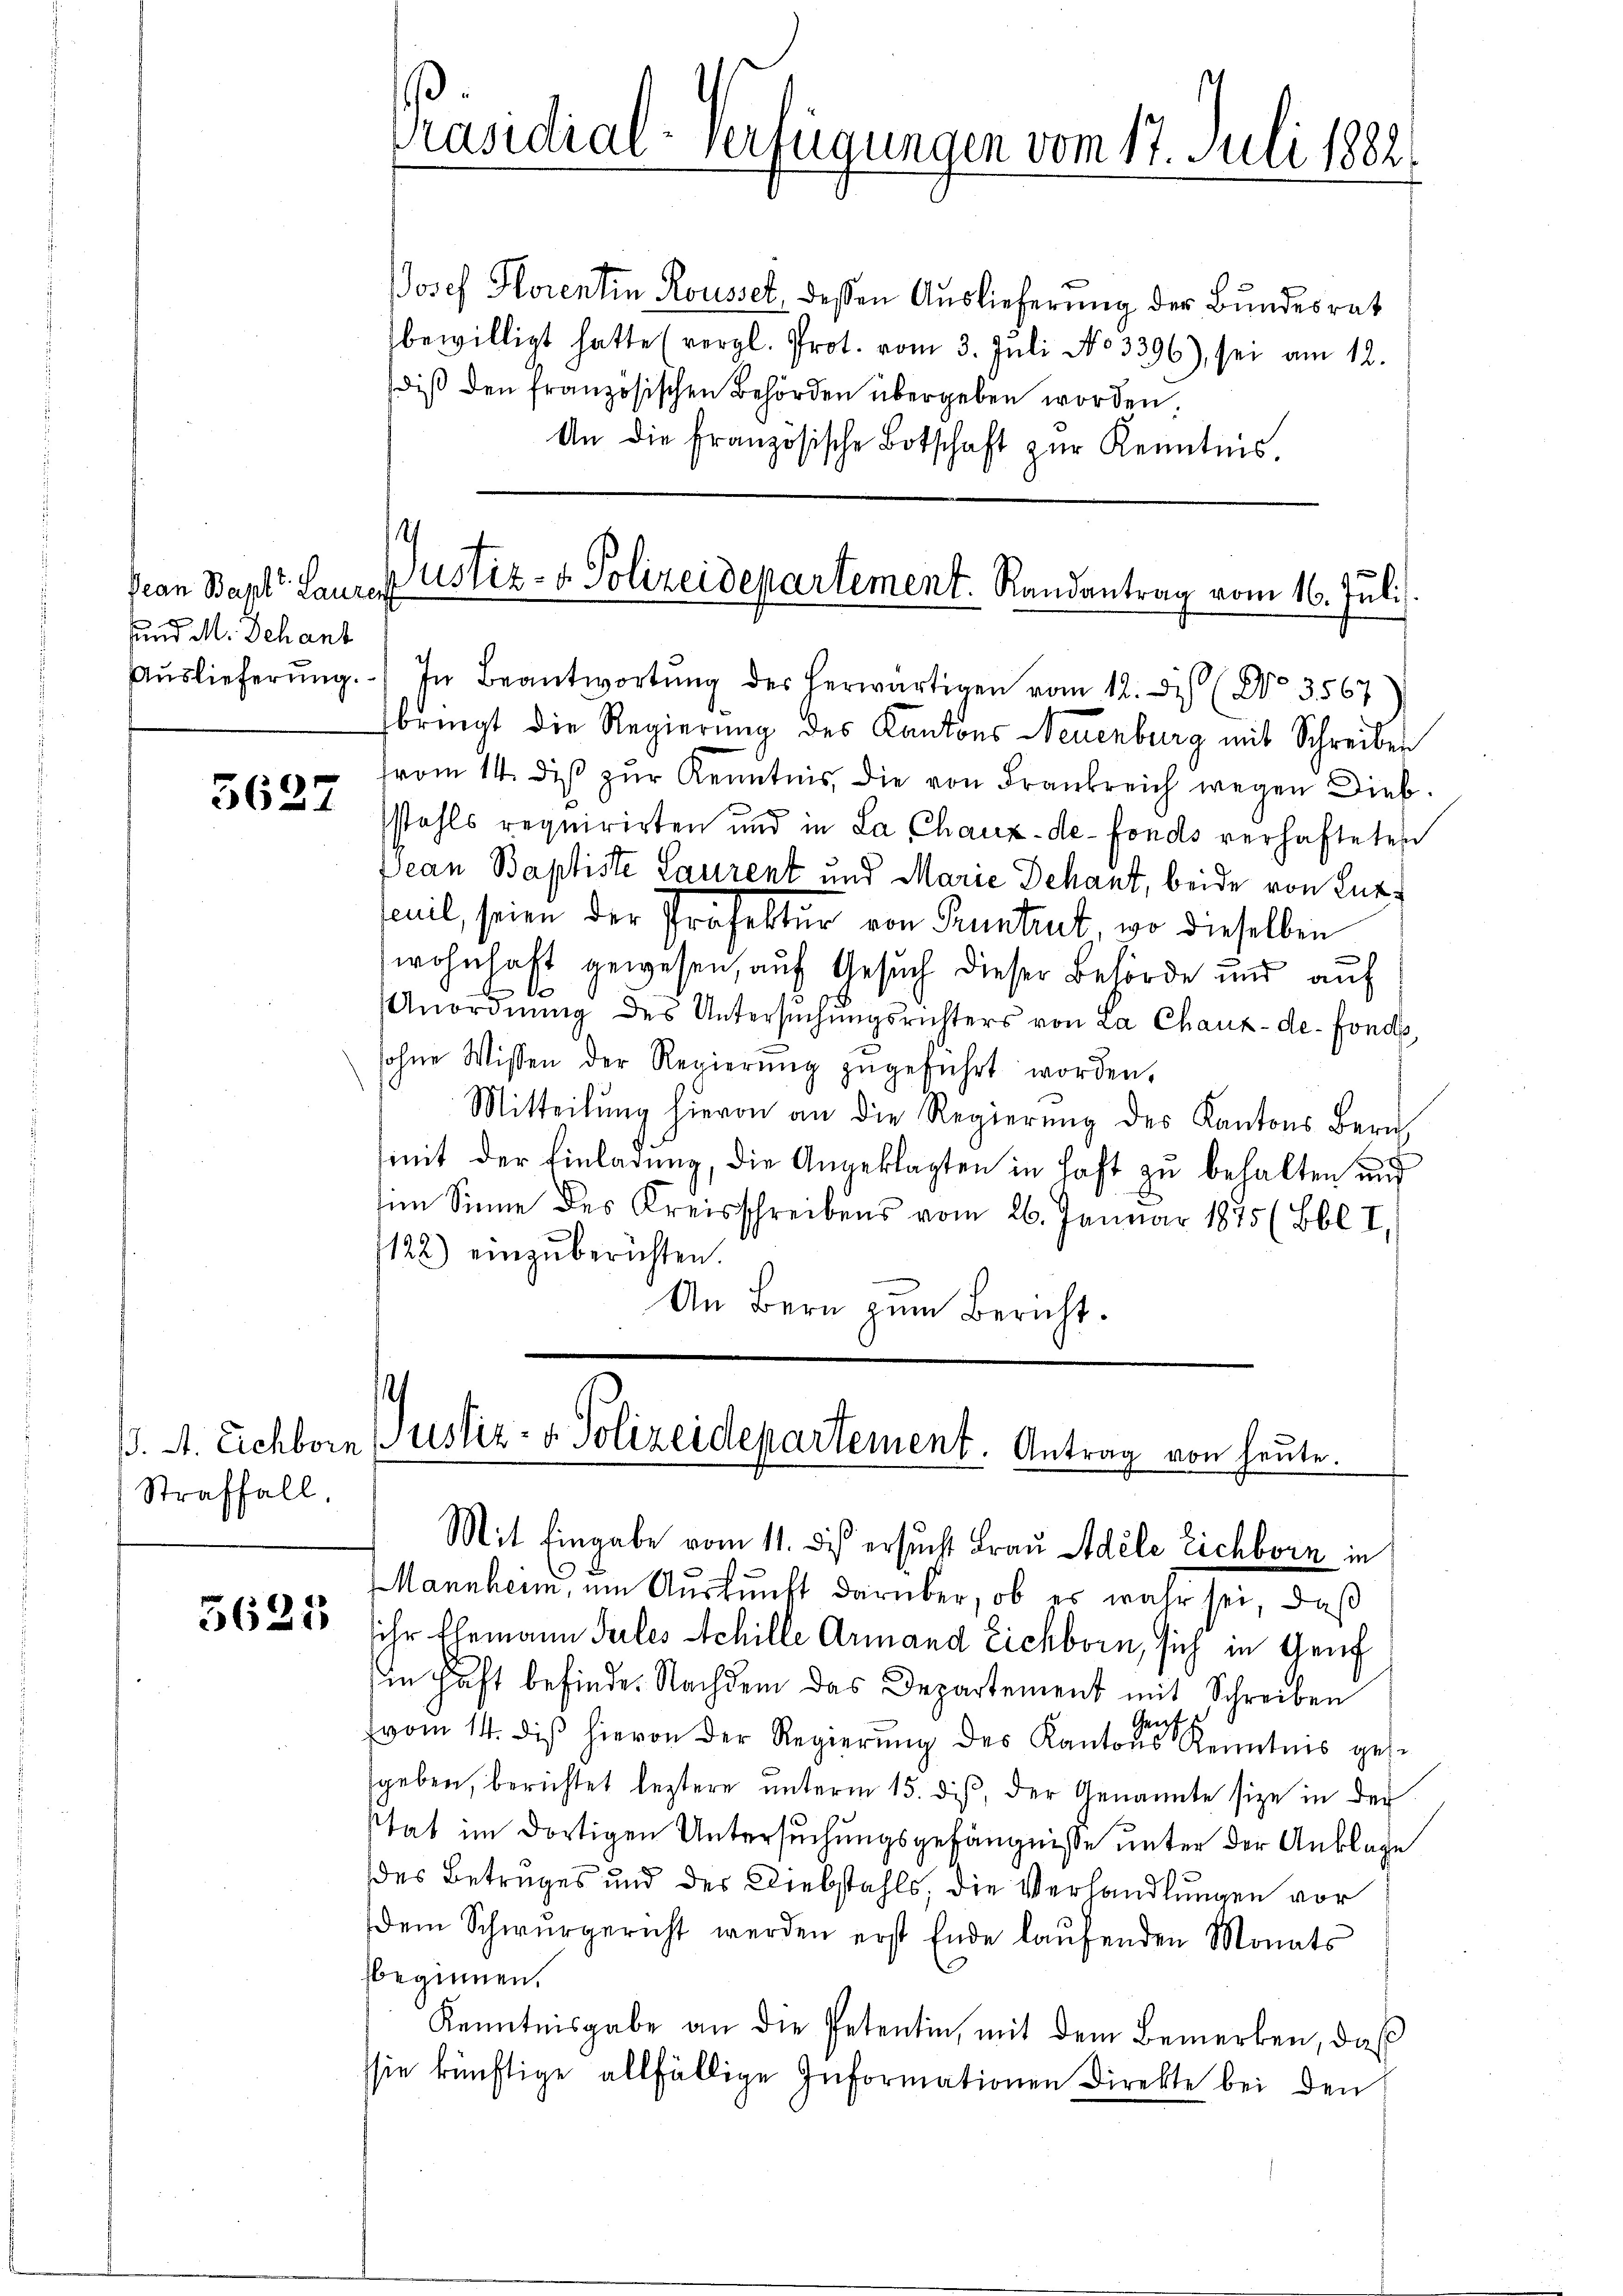
Pean Bapt. Laurert
und M. Schanz

5627

Straffall.

5625

JJosef Horentin Rousset, dessen Auslieferung der Bundesrat
bewilligt hatte (vergl. Prot. vom 3. Jŭli No 3396), sei am 12.
diβ den französischen Behörden übergeben worden.
An die französische Botschaft zŭr Kenntnis.

Aŭslieferŭng. In Beantwortŭng des herwärtigen vom 12. dis (No. 3567
bringt die Regierung des Kantons Neuenburg mit Schreiben
from 14. diβ zŭr Kenntnis, die von Frankreich wegen Diebstahls requirirten und in La Chaux-de-Fonds verhafteten
Jean Baptiste Laurent und Marie Dehant, beide von Entfeuil, seien der Profektur von Pruntrut, wo dieselben
wohnhaft gewesen, auf Gesuch dieser Behörde und auf
Anordnung des Untersuchungsrichters von La Chaux-de-Fonds
sohne Wissen der Regierŭng zŭgeführt worden.
Mitteilŭng hievon an die Regierŭng des Kantons Bern
mit der Einladung, die Angeklagten in Haft zu behalten auf
im Sinne des Kreisschreibens vom 26. Januar 1875 (Bbl. I,
1122) einzŭberichten.
An Bern zum Bericht.

.
Justiz- & Polizeidepartement. Randantrag vom 16. Juli

Präsidial-Verfügungen vom 17. Juli 1882
.

/. A. Eichborn Justiz- & Polizeidepartement. Antrag von heute.
Mit Eingabe vom 11. dis ersucht Frau Adele Eichborn in

Mannheim, um Auskunft darüber, ob es wahr sei, daß
ihr Ehemann Teiles Achille Armand Eichborn, sich in Genf
in Haft befinde. Nachdem das Departement mit Schreiben
(vom 14. dis hievon der Regierung des Kantons Kenntnis gese
geben, berichtet leztere unterm 15. dis, der Genannte sie in der
tat im dortigen Untersuchungsgefängnisse unter der Anklage
des Betruges und der Diebstahls, die Verhandlungen vor
dem Schwurgericht werden erst Ende laŭfenden Monats
beginnen.
Kenntnisgabe an die Petentin, mit dem Bemerken, daß
sie künftige allfällige Informationen Direkte bei den